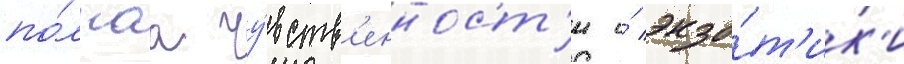
по́лнаа чу́вств'енност'и и́ экзо́т'ик'и